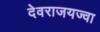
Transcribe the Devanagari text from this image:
देवराजयज्वा